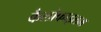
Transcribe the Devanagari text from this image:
कैलोफाइलम